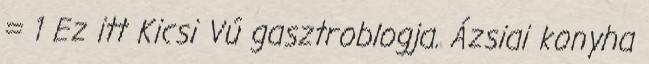
= 1 Ez itt Kicsi Vú gasztroblogja. Ázsiai konyha